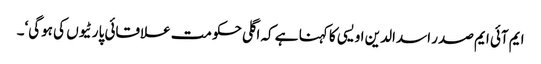
ایم آئی ایم صدر اسدالدین اویسی کا کہنا ہے کہ اگلی حکومت علاقائی پارٹیوں کی ہوگی‘۔